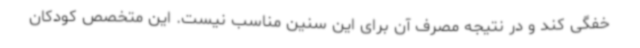
خفگی کند و در نتیجه مصرف آن برای این سنین مناسب نیست. این متخصص کودکان